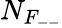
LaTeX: N_{F_{--}}